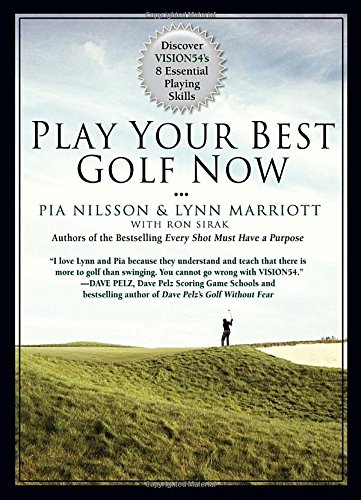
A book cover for Play Your Best Golf Now: Discover VISION54's 8 Essential Playing Skills; Lynn Marriott; Sports & Outdoors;